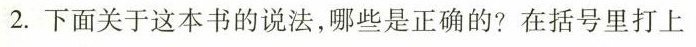
2.下面关于这本书的说法，哪些是正确的?在括号里打上